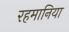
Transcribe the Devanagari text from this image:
रहमानिया